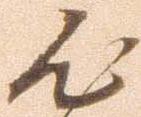
心